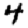
Digit: 4